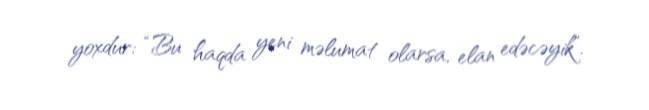
yoxdur: “Bu haqda yeni məlumat olarsa, elan edəcəyik”.